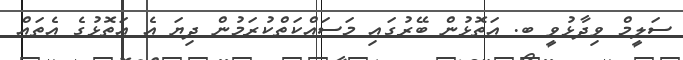
ސަލީމް ވިދާޅުވީ ބ. އަތޮޅުން ބޭރުގައި މަސައްކަތްކުރަމުން ދިޔަ އެ އަތޮޅުގެ އެތައް